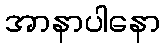
အာနာပါနော